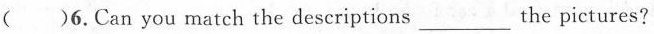
( )6.Can you match the descriptions ___ the pictures?